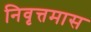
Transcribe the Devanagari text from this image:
निवृत्तमास